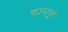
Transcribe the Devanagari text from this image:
कारापूर